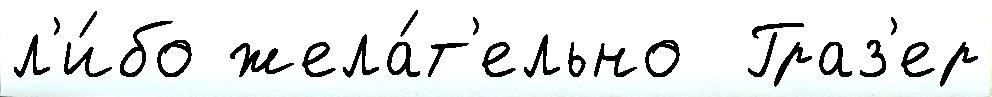
л'и́бо жела́т'ельно  Граз'ер